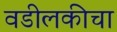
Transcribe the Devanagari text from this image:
वडीलकीचा